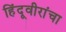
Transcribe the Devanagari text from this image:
हिंदूवीरांचा